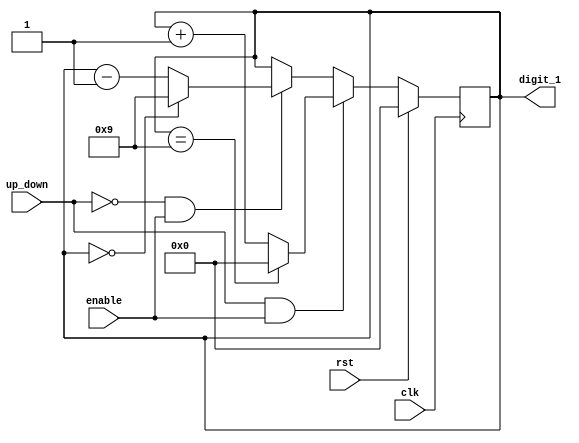
`timescale 1ns / 1ps
//////////////////////////////////////////////////////////////////////////////////
// Company: 
// Engineer: 
// 
// Design Name: 
// Module Name:    up_down_counter 
// Project Name: 
// Target Devices: 
// Tool versions: 
// Description: 
//
// Dependencies: 
//
// Revision: 
// Revision 0.01 - File Created
// Additional Comments: 
//
//////////////////////////////////////////////////////////////////////////////////
module up_down_counter(clk, rst, enable, up_down, digit_1);

	input clk, rst, up_down, enable;
	output reg [3:0] digit_1;
	
	reg [3:0] digit_1_next;
	
	always@(posedge clk)begin
		if(rst == 1'b1)begin
			digit_1 <= 4'b0000;
		end
		else begin
			digit_1 <= digit_1_next;
		end
	end
	
	
	always@(*)begin
		if(up_down == 1'b1 && enable == 1'b1)begin // count up
			if(digit_1 == 4'b1001)begin
				digit_1_next = 4'b0000;
			end
			else begin
				digit_1_next = digit_1 + 1'b1;
			end
		end
		else if(up_down == 1'b0 && enable == 1'b1)begin // count down
			if(digit_1 == 4'b0000)begin
				digit_1_next = 4'b1001;
			end
			else begin
				digit_1_next = digit_1 - 1'b1;
			end
		end
		else begin
			digit_1_next = digit_1;
		end
	
	end

endmodule